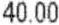
40.00